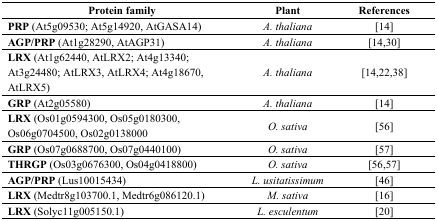
| Protein family | Plant | References |
 | --- | --- | --- |
 | PRP (At5g09530; At5g14920, AtGASA14) | A. thaliana | [14] |
 | AGP/PRP (At1g28290, AtAGP31) | A. thaliana | [14,30] |
 | LRX (At1g62440, AtLRX2; At4g13340; At3g24480; AtLRX3, AtLRX4; At4g18670, AtLRX5) | A. thaliana | [14,22,38] |
 | GRP (At2g05580) | A. thaliana | [14] |
 | LRX (Os01g0594300, Os05g0180300, Os06g0704500, Os02g0138000 | O. sativa | [56] |
 | GRP (Os07g0688700, Os07g0440100) | O. sativa | [57] |
 | THRGP (Os03g0676300, Os04g0418800) | O. sativa | [56,57] |
 | AGP/PRP (Lus10015434) | L. usitatissimum | [46] |
 | LRX (Medtr8g103700.1, Medtr6g086120.1) | M. sativa | [16] |
 | LRX (Solyc11g005150.1) | L. esculentum | [20] |